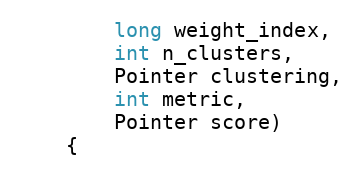
Language: Java
        long weight_index,
        int n_clusters,
        Pointer clustering,
        int metric,
        Pointer score)
    {